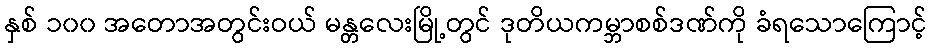
နှစ် ၁၀၀ အတောအတွင်းဝယ် မန္တလေးမြို့တွင် ဒုတိယကမ္ဘာစစ်ဒဏ်ကို ခံရသောကြောင့်